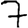
Digit: 7